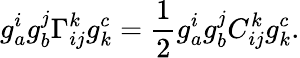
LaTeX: g_{a}^{i}g_{b}^{j}\Gamma_{ij}^{k}g_{k}^{c}=\frac{1}{2}g_{a}^{i}g_{b}^{j}C_{ij}^{k}g_{k}^{c}.